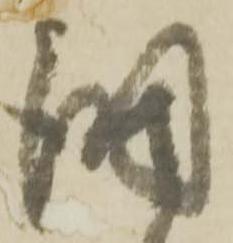
調